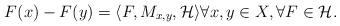
LaTeX: \begin{align*} F(x) - F(y) = \langle F, M_{x,y},\mathcal{H}\rangle \forall x, y \in X , \forall F \in \mathcal{H}.\end{align*}